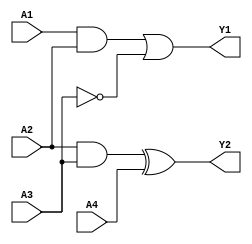
module combinational_logic_block (
    input wire A1,
    input wire A2,
    input wire A3,
    input wire A4,
    output wire Y1,
    output wire Y2
);

// Group 1 logic: Implements a certain function using A1, A2, A3
wire G1_intermediate; // Intermediate signal for Group 1
assign G1_intermediate = (A1 & A2) | (~A3); // Example logic function for Group 1
assign Y1 = G1_intermediate; // Output for Group 1

// Group 2 logic: Implements a function using A2, A3, A4
wire G2_intermediate; // Intermediate signal for Group 2
assign G2_intermediate = (A2 & A3) ^ (A4); // Example logic function for Group 2
assign Y2 = G2_intermediate; // Output for Group 2

endmodule